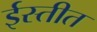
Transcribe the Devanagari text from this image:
ईस्तीत